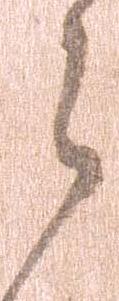
々